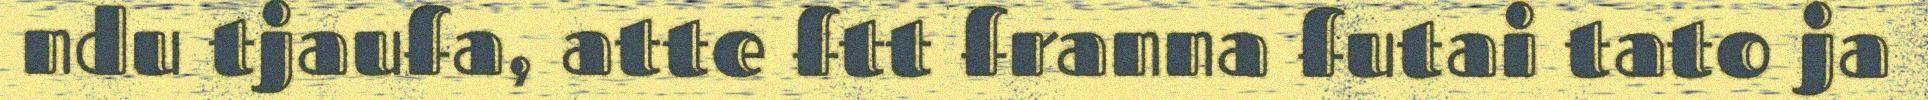
ndu tjaufa, atte ftt franna futai tato ja